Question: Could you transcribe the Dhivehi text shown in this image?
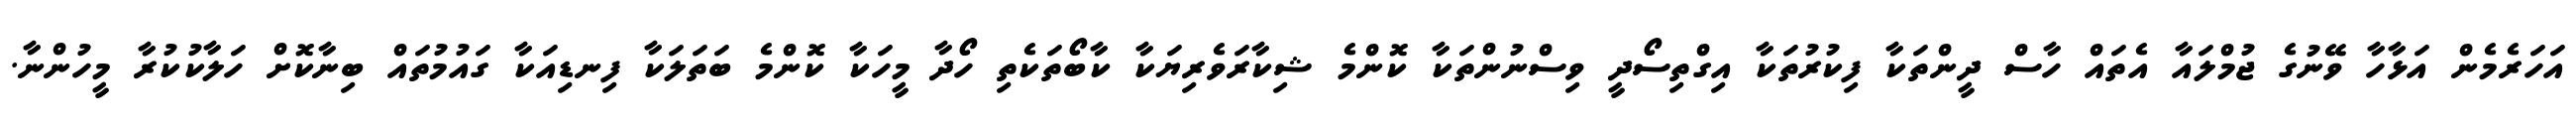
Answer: އަހަރެމެން އަޅާހާ ވޭނުގެ ޖުމްލައާ އެތައް ހާސް ދީންތަކާ ފިކުރުތަކާ އިގްތިސޯދީ ވިސްނުންތަކާ ކޮންމެ ޝިކާރަވެރިޔަކާ ކާބޯތަކެތި ހޯދާ މީހަކާ ކޮންމެ ބަތަލަކާ ފިނޑިއަކާ ގައުމުތައް ބިނާކޮށް ހަލާކުކުރާ މީހުންނާ.